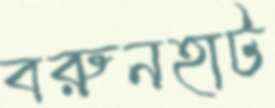
বরুনহাট